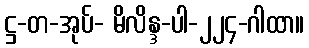
ဋ္ဌ-တ-အုပ်- မိလိန္ဒ-ပါ-၂၂၄-ဂါထာ။